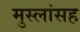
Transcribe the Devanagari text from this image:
मुस्लांसह